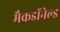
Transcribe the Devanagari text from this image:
मैकडॉनेल्ड